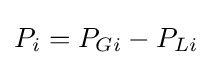
P_{i}=P_{Gi}-P_{Li}